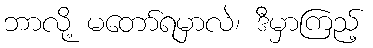
ဘာလို့ မတော်ရမှာလဲ၊ ဒီမှာကြည့်